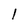
Character: l